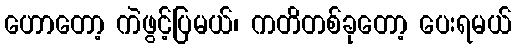
ဟောတော့ ကဲဖွင့်ပြမယ်၊ ကတိတစ်ခုတော့ ပေးရမယ်